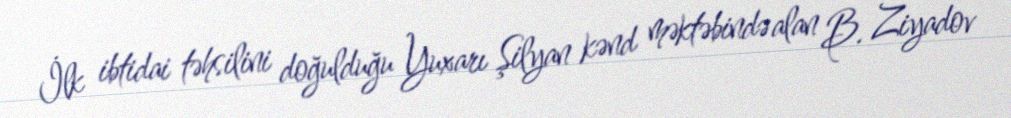
İlk ibtidai təhsilini doğulduğu Yuxarı Şilyan kənd məktəbində alan B. Ziyadov